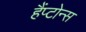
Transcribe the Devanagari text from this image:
हैंप्टोन्स